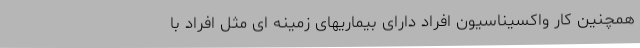
همچنین کار واکسیناسیون افراد دارای بیماریهای زمینه ای مثل افراد با